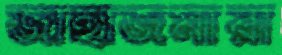
জাহাজমারা